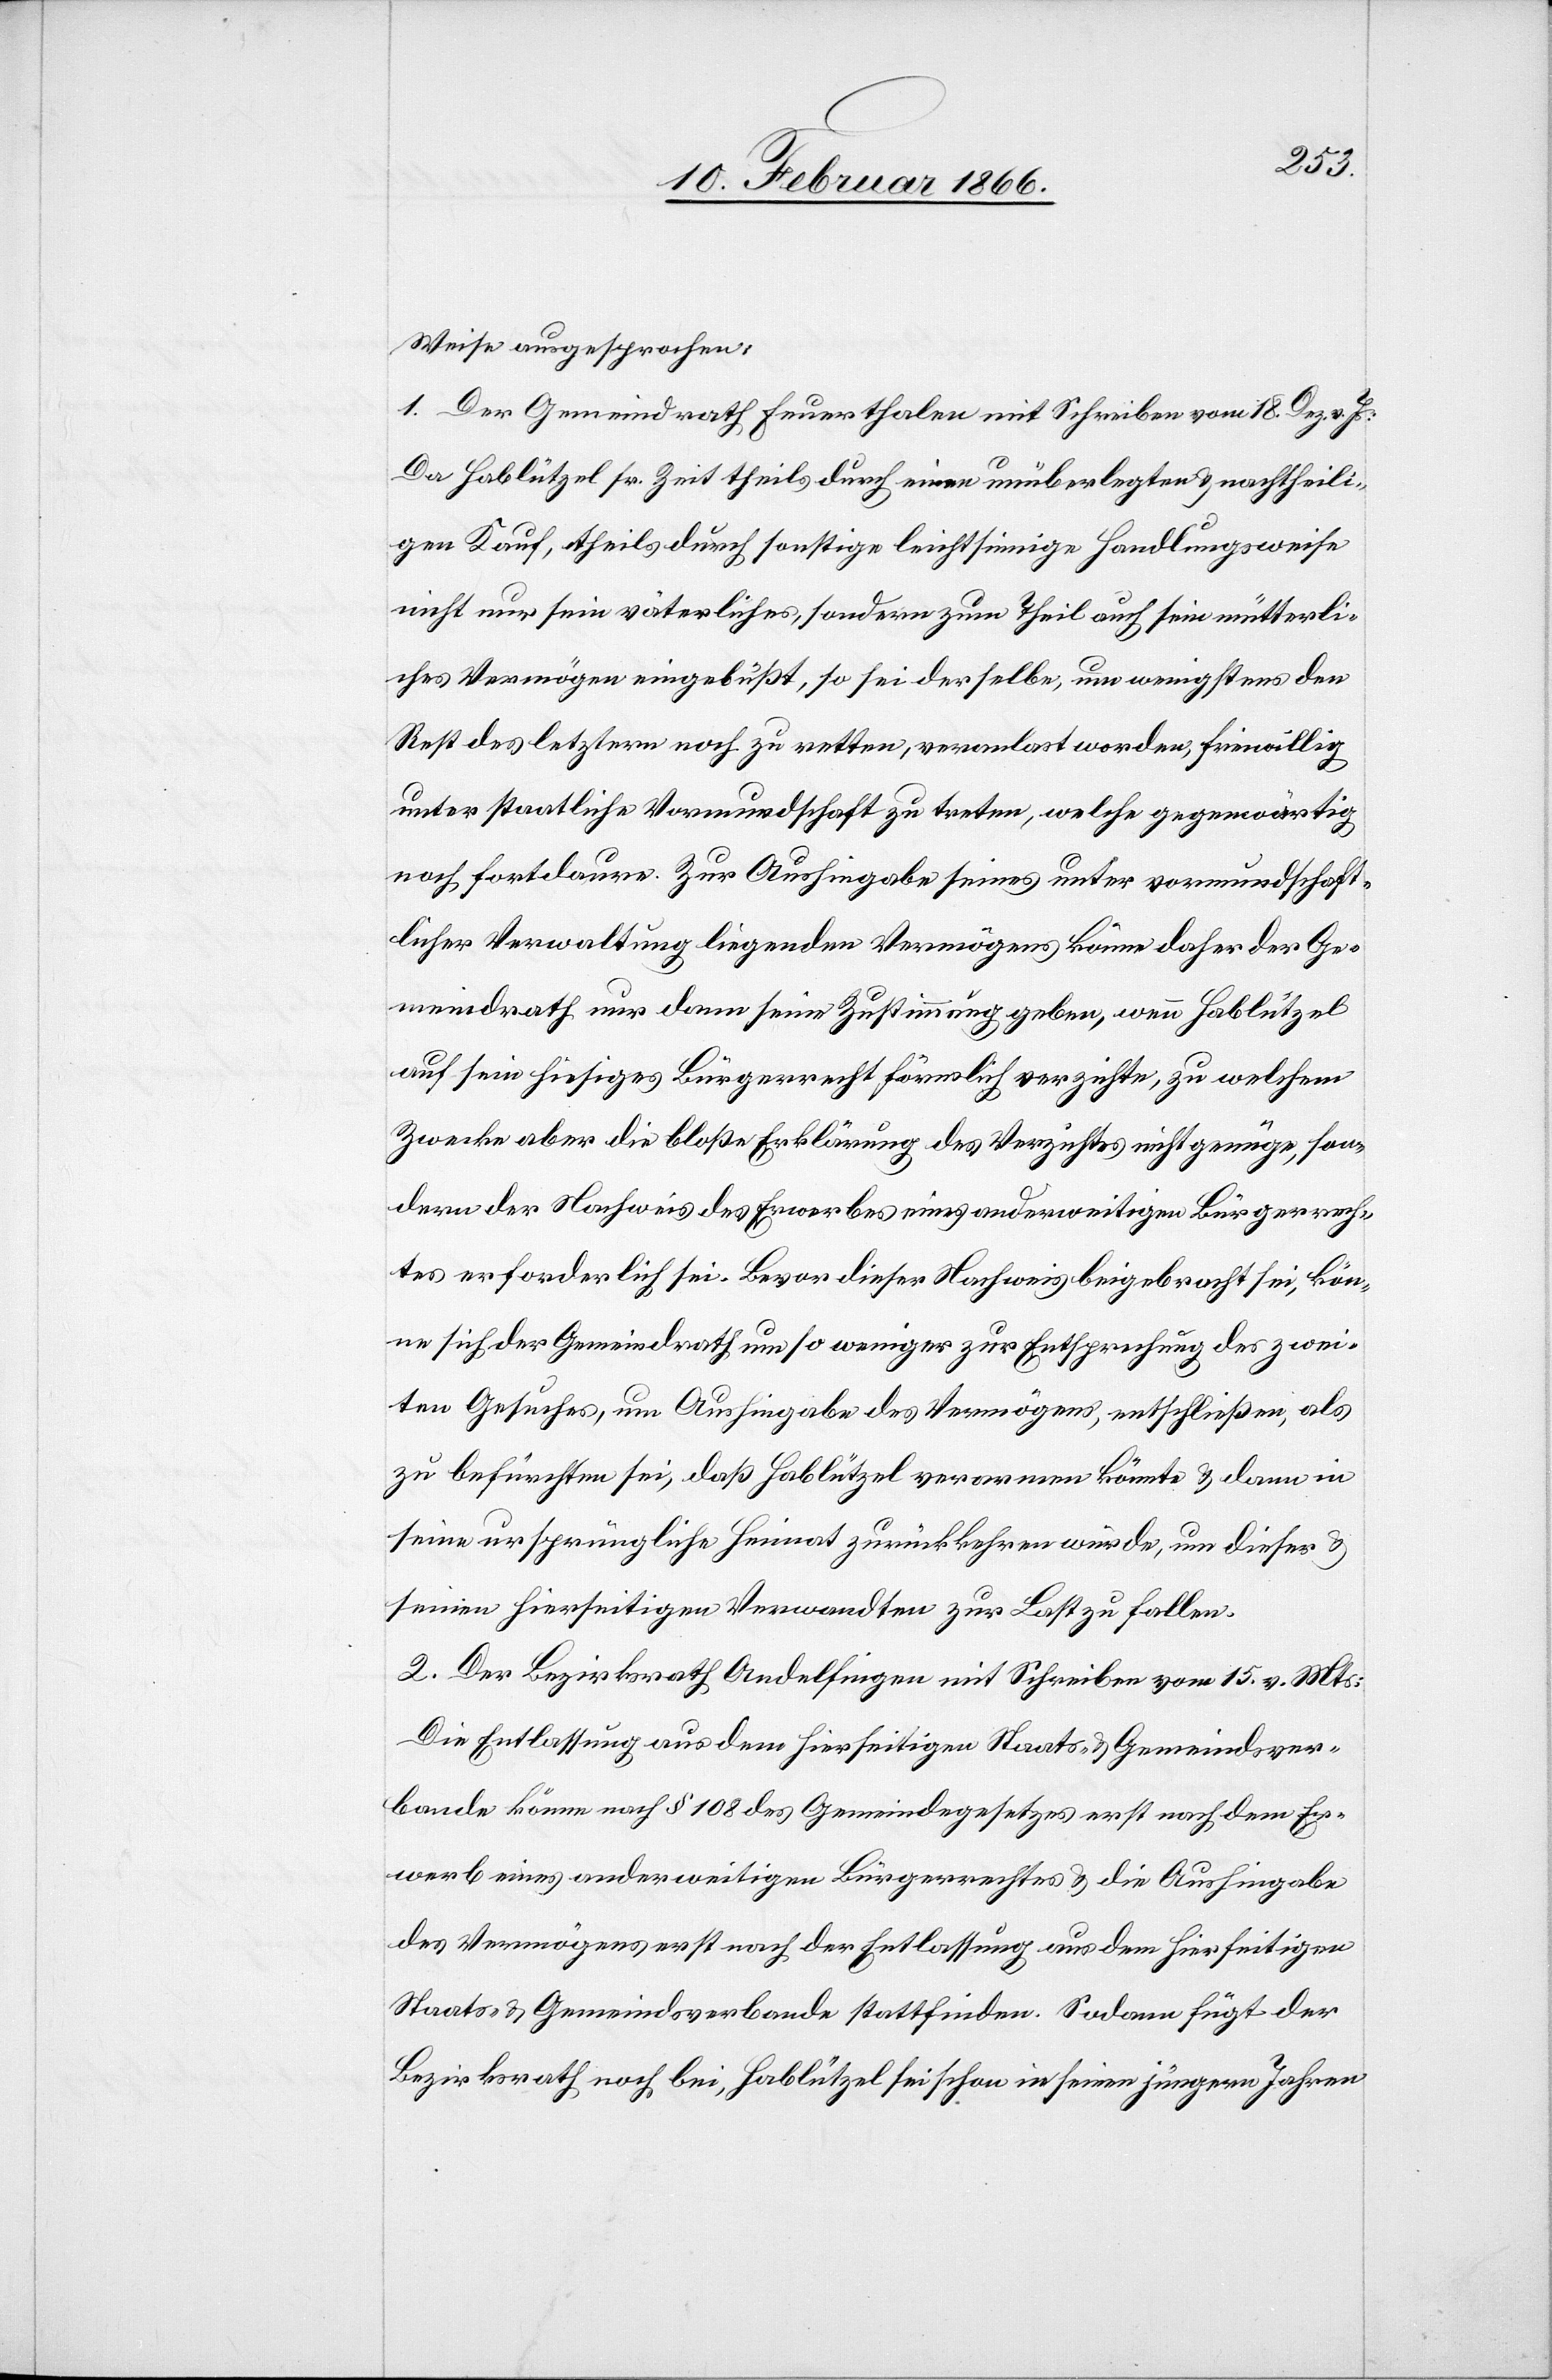
Weise ausgesprochen:
1. Der Gemeindrath Feuerthalen mit Schreiben vom 18. Dez. v. Js.:
Da Hablützel sr. Zeit theils durch einen unüberlegten u. nachtheili¬
gen Kauf, theils durch sonstige leichtsinnige Handlungsweise
nicht nur sein väterliches, sondern zum Theil auch sein mütterli¬
ches Vermögen eingebüßt, so sei derselbe, um wenigstens den
Rest des letztern noch zu retten, veranlasst worden, freiwillig
unter staatliche Vormundschaft zu treten, welche gegenwärtig
noch fortdaure. Zur Aushingabe seines unter vormundschaft¬
licher Verwaltung liegenden Vermögens könne daher der Ge¬
meindrath nur dann seine Zustimmung geben, wenn Hablützel
auf sein hiesiges Bürgerrecht förmlich verzichte, zu welchem
Zwecke aber die bloße Erklärung des Verzichtes nicht genüge, son¬
dern der Nachweis des Erwerbes eines anderweitigen Bürgerrech¬
tes erforderlich sei. Bevor dieser Nachweis beigebracht sei, kön¬
ne sich der Gemeindrath um so weniger zur Entsprechung des zwei¬
ten Gesuches, um Aushingabe des Vermögens, entschließen, als
zu befürchten sei, daß Hablützel verarmen könnte u. dann in
seine ursprüngliche Heimat zurückkehren würde, um dieser u.
seinen hierseitigen Verwandten zur Last zu fallen.
2. Der Bezirksrath Andelfingen mit Schreiben vom 15. v. Mts:
Die Entlassung aus dem hierseitigen Staats- u. Gemeindsver¬
bande könne nach § 108 des Gemeindsgesetzes erst nach dem Er¬
werb eines anderweitigen Bürgerrechtes u. die Aushingabe
des Vermögens erst nach der Entlassung aus dem hierseitigen
Staats- u- Gemeindsverbande stattfinden. Sodann fügt der
Bezirksrath noch bei, Hablützel sei schon in seinen jüngern Jahren